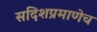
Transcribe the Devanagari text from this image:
सदिशप्रमाणेच